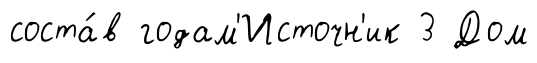
соста́в годам'Источн'ик 3 Дом